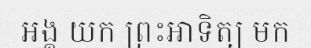
អង្គ យក ព្រះអាទិត្យ មក